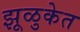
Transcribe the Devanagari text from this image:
झूळुकेत